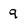
Character: 9